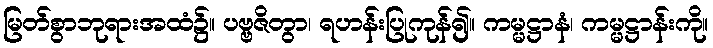
မြတ်စွာဘုရားအထံ၌။ ပဗ္ဗဇိတွာ၊ ရဟန်းပြုကုန်၍။ ကမ္မဋ္ဌာနံ၊ ကမ္မဋ္ဌာန်းကို။